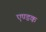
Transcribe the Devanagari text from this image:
एण्डक